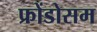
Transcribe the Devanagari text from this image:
फ्रोंडोसम